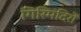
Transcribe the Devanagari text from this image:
गिरिमंदिरों